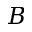
B